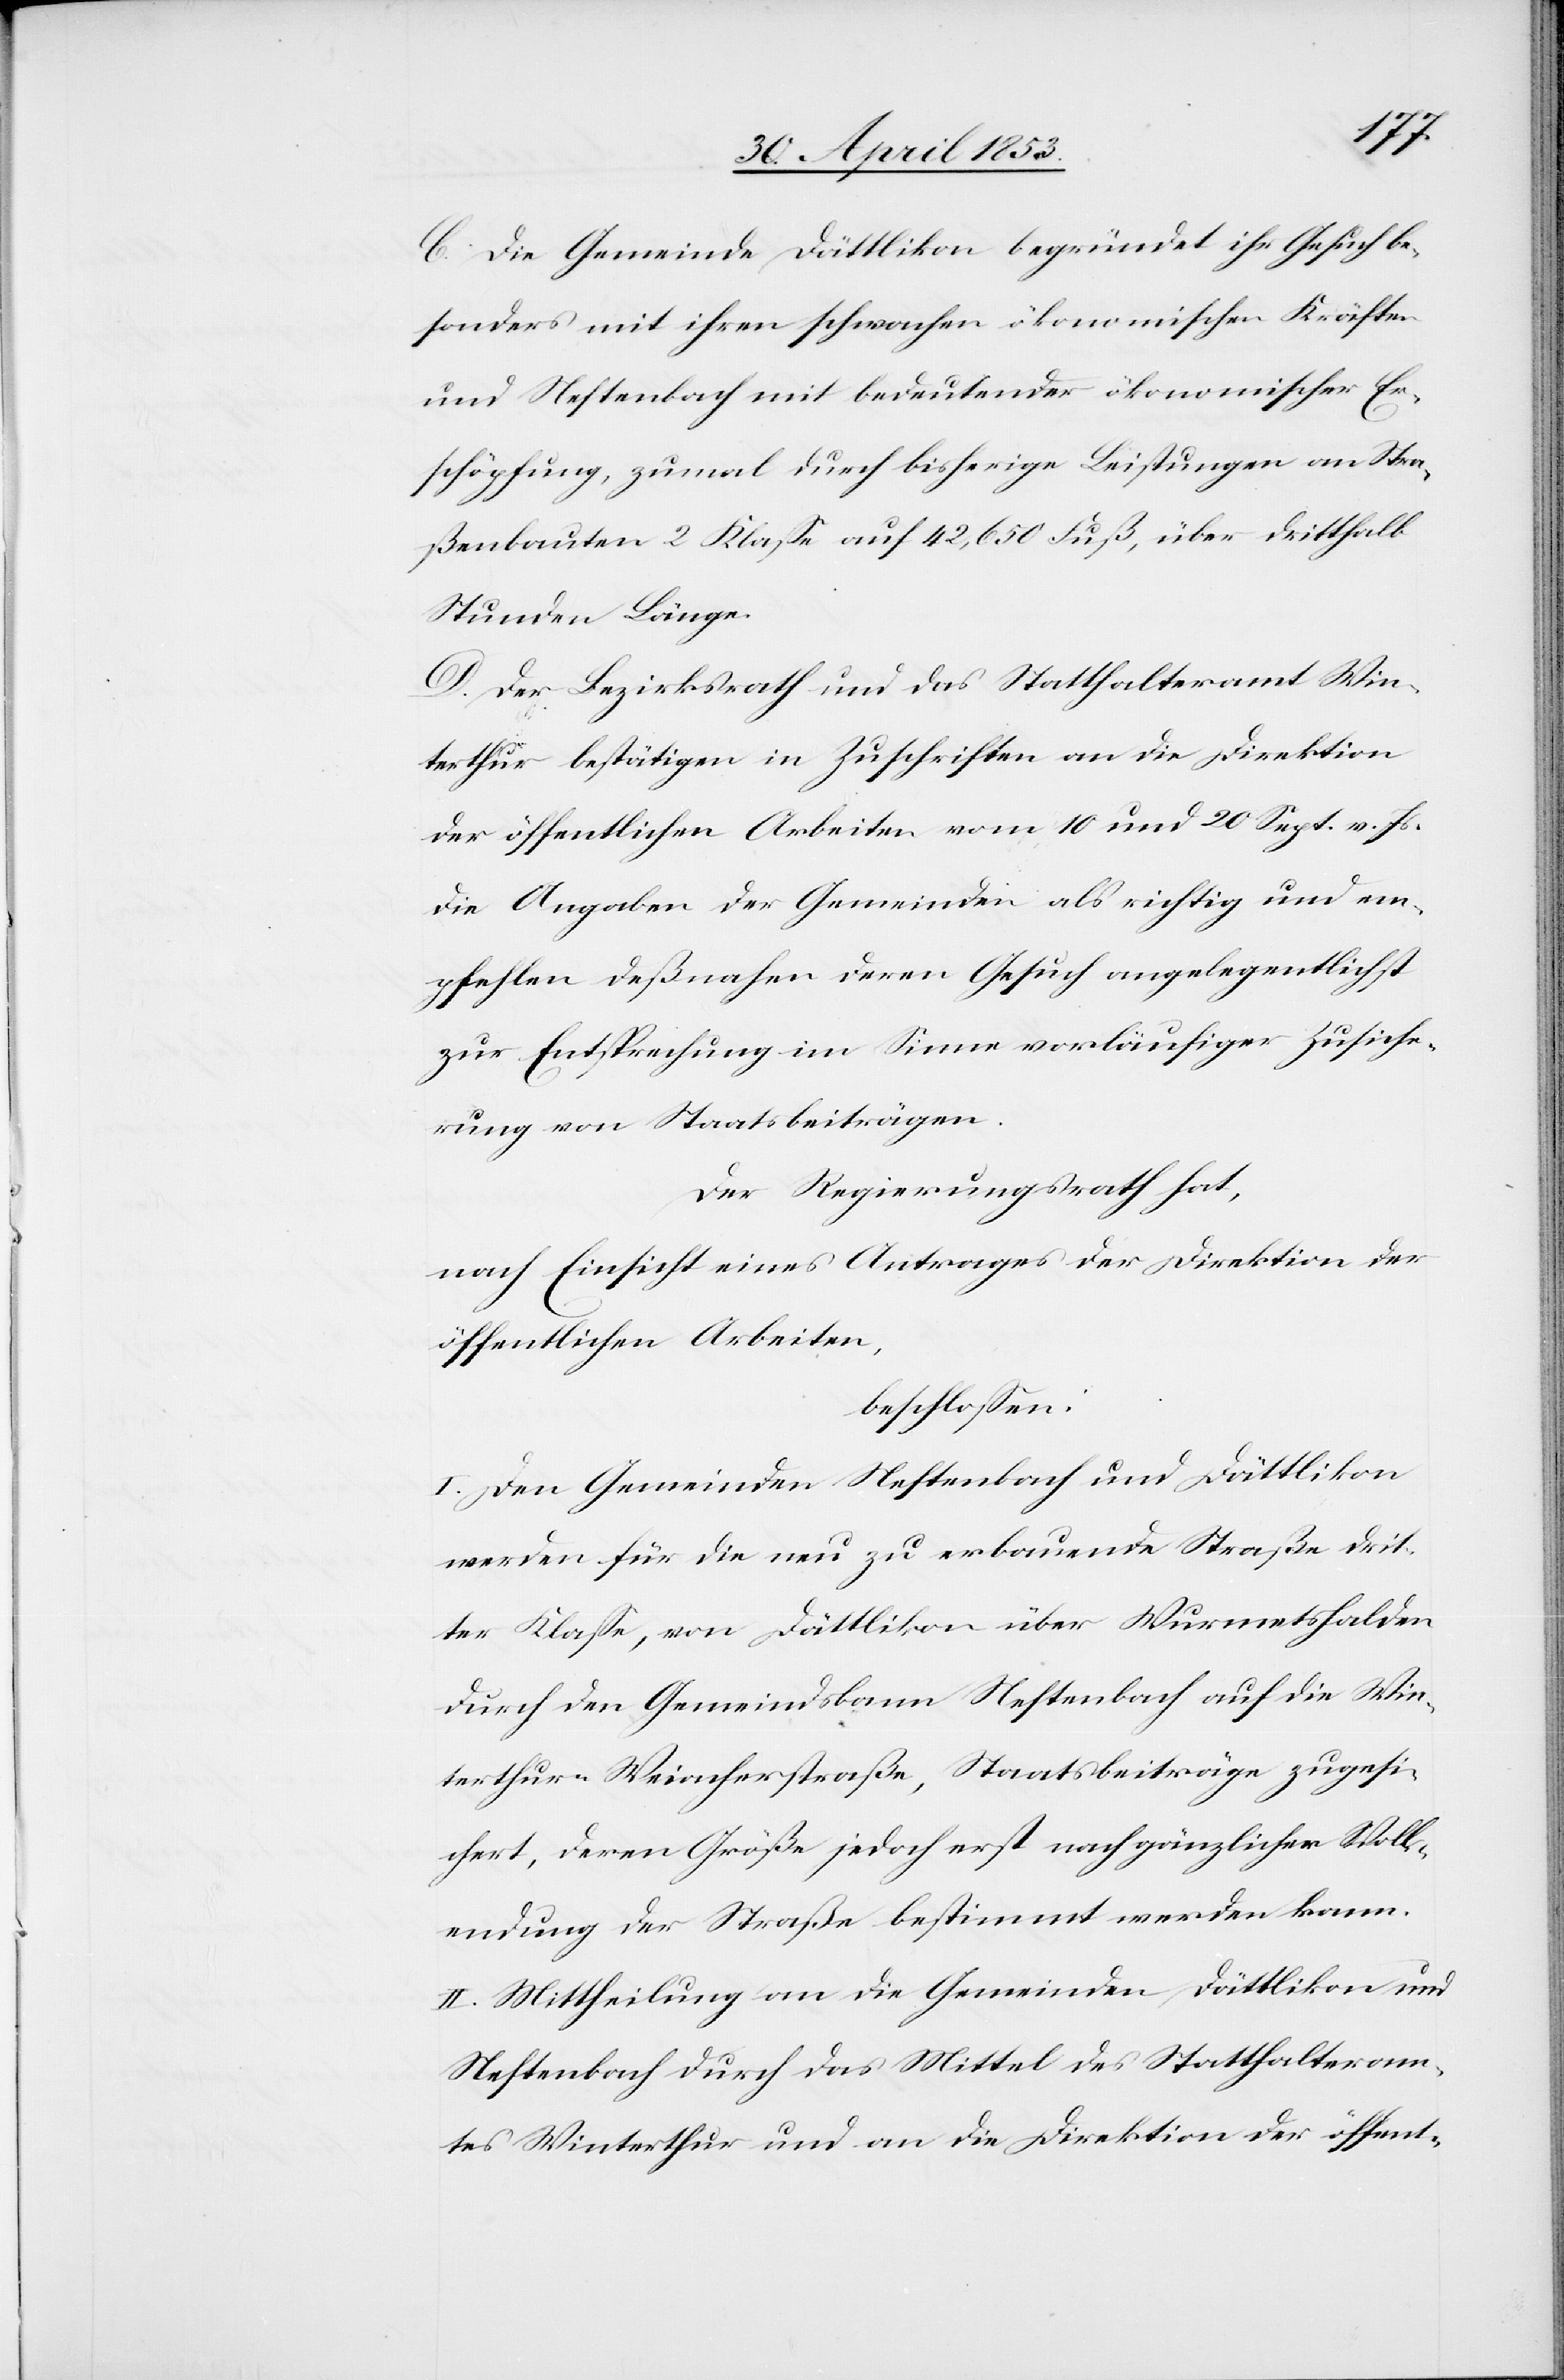
C. Die Gemeinde Dättlikon begründet ihr Gesuch be¬
sonders mit ihren schwachen ökonomischen Kräften
und Neftenbach mit bedeutender ökonomischer Er¬
schöpfung, zumal durch bisherige Leistungen an Stra¬
ßenbauten 2 Klaße auf 42, 650 Fuß, über dritthalb
Stunden Länge.
D. Der Bezirksrath und das Statthalteramt Win¬
terthur bestätigen in Zuschriften an die Direktion
der öffentlichen Arbeiten vom 10 und 20 Sept. v. Js.
die Angaben der Gemeinden als richtig und em¬
pfehlen deßnahen deren Gesuch angelegentlichst
zur Entsprechung im Sinne vorläufiger Zusiche¬
rung von Staatsbeiträgen.
Der Regierungsrath hat,
nach Einsicht eines Antrages der Direktion der
öffentlichen Arbeiten,
beschloßen:
I. Den Gemeinden Neftenbach und Dättlikon
werden für die neu zu erbauende Straße drit¬
ter Klaße, von Dättlikon über Wurmetshalden
durch den Gemeindsbann Neftenbach auf die Win¬
terthur-Weiacherstraße, Staatsbeiträge zugesi¬
chert, deren Größe jedoch erst nach gänzlicher Voll¬
endung der Straße bestimmt werden kann.
II. Mittheilung an die Gemeinde Dättlikon und
Neftenbach durch das Mittel des Statthalteram¬
tes Winterthur und an die Direktion der öffent-